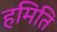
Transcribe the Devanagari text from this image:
हमिति